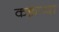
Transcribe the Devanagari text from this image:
कन्नप्पा